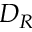
D _ { R }